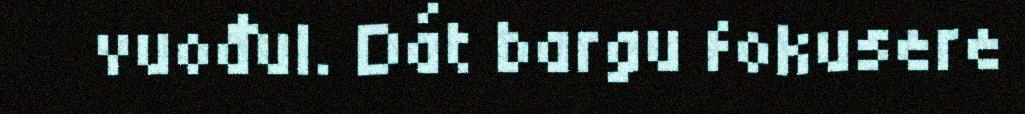
vuođul. Dát bargu fokusere